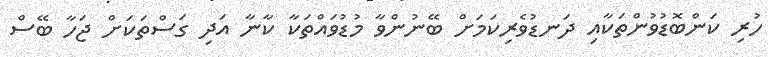
ހުރި ކަންބޮޑުވުންތަކާއިި ދަނޑުވެރިކަމަށް ބޭނުންވާ މުޑުވައްތަކާ ކާނާ އަދި ގަސްތަކަށް ޖަހާ ބޭސް